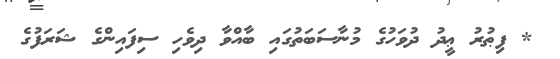
* ފިޠުރު ޢީދު ދުވަހުގެ މުނާސަބަތުގައި ބާއްވާ ދިވެހި ސިފައިންގެ ޝަރަފުގެ